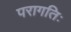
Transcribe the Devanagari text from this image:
परागतिः